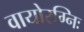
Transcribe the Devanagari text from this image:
वायोरग्निः